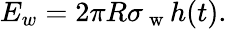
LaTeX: E_{w}=2\pi R\sigma_{\mathrm{~w~}}h(t).